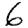
Digit: 6